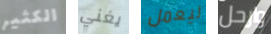
الكثير يغني ليعمل وارحل